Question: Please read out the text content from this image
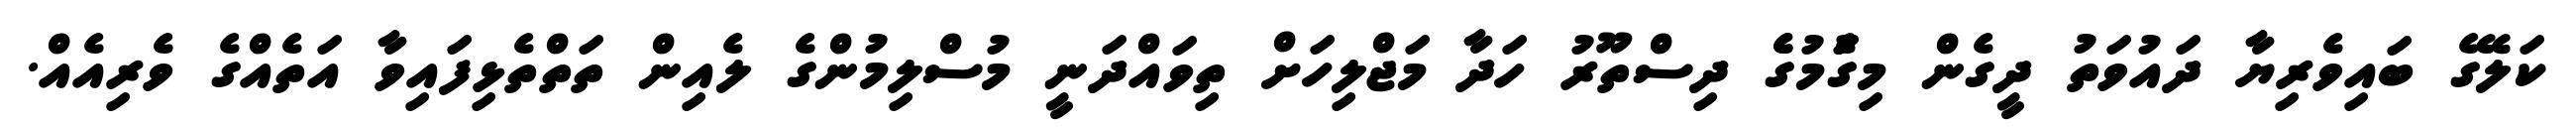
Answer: ކަލޭގެ ބައިވެރިޔާ ދައުވަތު ދީގެން މިގަެުމުގެެ ދިސްތޫރު ހަދާ މަޖްލިހަށް ތިވައްދަނީ މުސްލިމުންގެ ލެއިން ތަތްތެޅިފައިވާ އަތެއްގެ ވެރިއެއް.